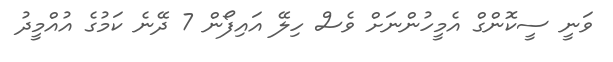
ވަނީ ސީކޮންގް އެމީހުންނަށް ވެސް ހިލޭ އައިފޯން 7 ދޭނެ ކަމުގެ އުއްމީދު